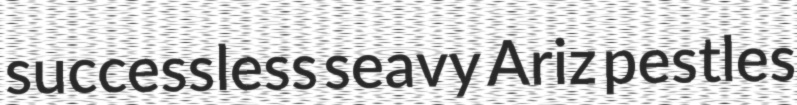
successless seavy Ariz pestles